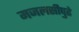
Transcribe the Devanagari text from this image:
मजलसीपुढे